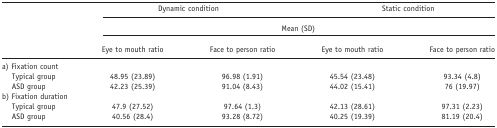
<table><thead><tr><td></td><td colspan="2"><b>Dynamic condition</b></td><td colspan="2"><b>Static condition</b></td></tr><tr><td></td><td colspan="4"><b>Mean (SD)</b></td></tr><tr><td></td><td><b>Eye to mouth ratio</b></td><td><b>Face to person ratio</b></td><td><b>Eye to mouth ratio</b></td><td><b>Face to person ratio</b></td></tr></thead><tbody><tr><td colspan="5">a) Fixation count</td></tr><tr><td>Typical group</td><td>48.95 (23.89)</td><td>96.98 (1.91)</td><td>45.54 (23.48)</td><td>93.34 (4.8)</td></tr><tr><td>ASD group</td><td>42.23 (25.39)</td><td>91.04 (8.43)</td><td>44.02 (15.41)</td><td>76 (19.97)</td></tr><tr><td colspan="5">b) Fixation duration</td></tr><tr><td>Typical group</td><td>47.9 (27.52)</td><td>97.64 (1.3)</td><td>42.13 (28.61)</td><td>97.31 (2.23)</td></tr><tr><td>ASD group</td><td>40.56 (28.4)</td><td>93.28 (8.72)</td><td>40.25 (19.39)</td><td>81.19 (20.4)</td></tr></tbody></table>